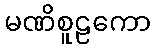
မဏိစူဠကော